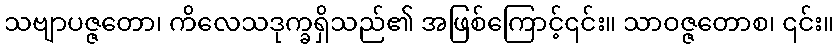
သဗျာပဇ္ဇတော၊ ကိလေသဒုက္ခရှိသည်၏ အဖြစ်ကြောင့်၎င်း။ သာဝဇ္ဇတောစ၊ ၎င်း။